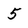
Character: 5